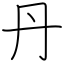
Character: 丹